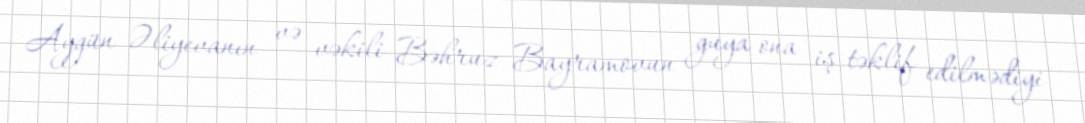
Aygün Əliyevanın və vəkili Bəhruz Bayramovun guya ona iş təklif edilmədiyi